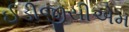
ઈડીજીસીએમ